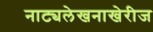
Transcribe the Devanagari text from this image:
नाट्यलेखनाखेरीज